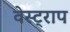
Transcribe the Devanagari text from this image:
वेस्ट्राप